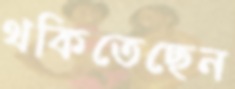
থকিতেছেন